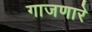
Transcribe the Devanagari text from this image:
गाजणारे